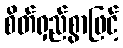
စိတ်ရှည်စွာဖြင့်